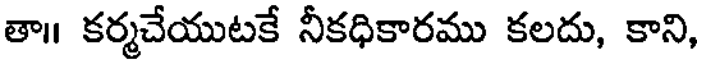
తా॥ కర్మచేయుటకే నీకధికారము కలదు, కాని,